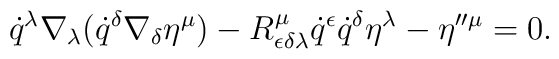
\dot{q}^\lambda\nabla_\lambda(\dot{q}^\delta\nabla_\delta\eta^\mu)-R^\mu_{\epsilon\delta\lambda}\dot{q}^\epsilon\dot{q}^\delta\eta^\lambda-\eta''^\mu=0.